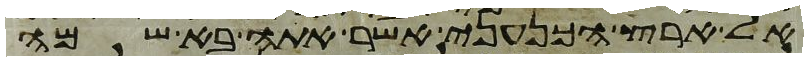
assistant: אל ארץ הכנעני אשר אתה בא שמה